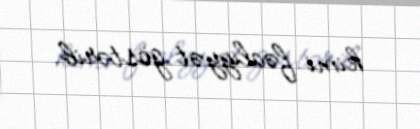
kimi fəaliyyət göstərib.